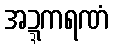
အဍ္ဍကရဏံ